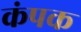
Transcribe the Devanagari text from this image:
कंपक